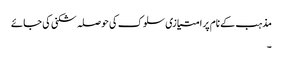
مذہب کے نام پر امتیازی سلوک کی حوصلہ شکنی کی جائے
۔